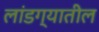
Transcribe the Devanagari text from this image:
लांडग्यातील